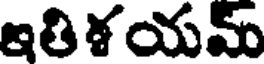
ఇతిశయమ్